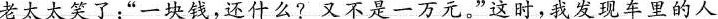
老太太笑了：”一块钱，还什么?又不是一万元。”这时，我发现车里的人